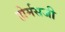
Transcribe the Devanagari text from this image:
होर्मसजी